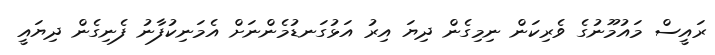
ރައީސް މައުމޫނުގެ ވެރިކަން ނިމިގެން ދިޔަ އިރު އަޅުގަނޑުމެންނަށް އެމަނިކުފާނު ފެނިގެން ދިޔައީ